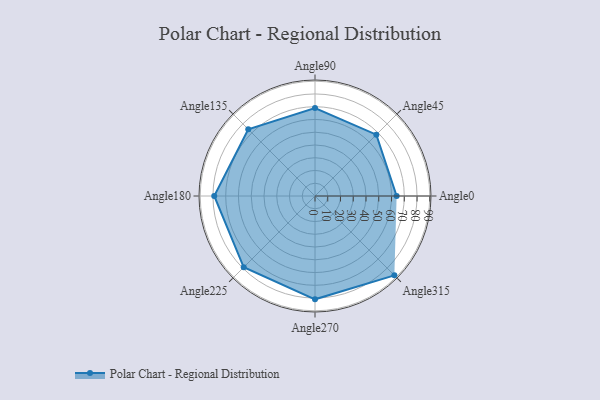
{"axis": {"x": "Angle", "y": "Radius"}, "legend": [""], "data": [{"x": "Angle0", "y": 64.0, "type": ""}, {"x": "Angle45", "y": 68.0, "type": ""}, {"x": "Angle90", "y": 69.0, "type": ""}, {"x": "Angle135", "y": 74.0, "type": ""}, {"x": "Angle180", "y": 79.0, "type": ""}, {"x": "Angle225", "y": 79.0, "type": ""}, {"x": "Angle270", "y": 81.0, "type": ""}, {"x": "Angle315", "y": 88.0, "type": ""}]}